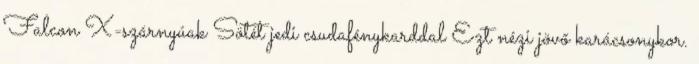
Falcon X-szárnyúak Sötét jedi csudafénykarddal Ezt nézi jövő karácsonykor.